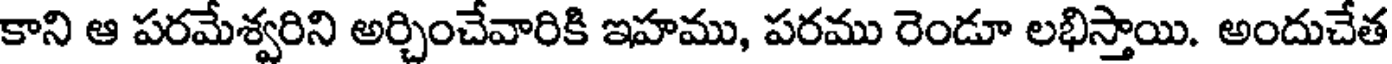
కాని ఆ పరమేశ్వరిని అర్చించేవారికి ఇహము, పరము రెండూ లభిస్తాయి. అందుచేత